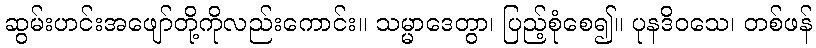
ဆွမ်းဟင်းအဖျော်တို့ကိုလည်းကောင်း။ သမ္မာဒေတွာ၊ ပြည့်စုံစေ၍။ ပုနဒိဝသေ၊ တစ်ဖန်